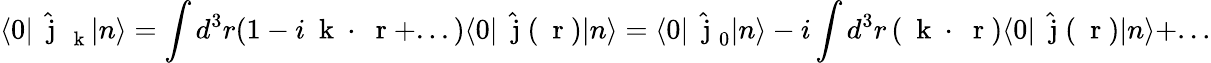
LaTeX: \langle 0|\hat{\mathrm{~\mathbf~j~}}_{\mathrm{~\mathbf~k~}}|n\rangle=\int d^{3}r(1-i\mathrm{~\mathbf~k~}\cdot\mathrm{~\mathbf~r~}+...)\langle 0|\hat{\mathrm{~\mathbf~j~}}(\mathrm{~\mathbf~r~})|n\rangle=\langle 0|\hat{\mathrm{~\mathbf~j~}}_{0}|n\rangle-i\int d^{3}r\, (\mathrm{~\mathbf~k~}\cdot\mathrm{~\mathbf~r~})\langle 0|\hat{\mathrm{~\mathbf~j~}}(\mathrm{~\mathbf~r~})|n\rangle+...